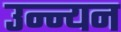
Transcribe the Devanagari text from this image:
उन्न्यन